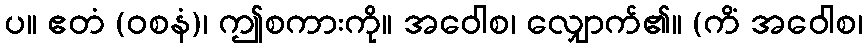
ပ။ ဧတံ (ဝစနံ)၊ ဤစကားကို။ အဝေါစ၊ လျှောက်၏။ (ကိံ အဝေါစ၊